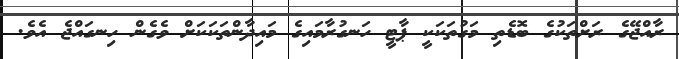
ރާއްޖޭގެ ރަށްތަކުގެ ބޮޑެތި މަގުތަކަކީ ޕާޓީ ހަނގުރާމައިގެ މައިދާންތަކަކަށް ވެގެން ހިނގައްޖެ އެވެ.